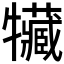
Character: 𤜐